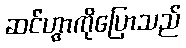
ဆင်ဟွာကိုပြောသည်